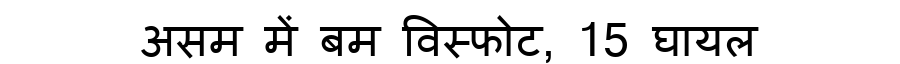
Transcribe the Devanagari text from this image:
असम में बम विस्फोट, 15 घायल